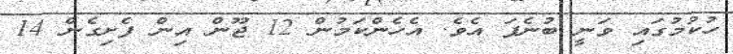
ހުކުމުގައި ވަނީ ބުނެފަ އެވެ. އެހެންކަމުން 12 ޖޫން އިން ފެށިގެން 14